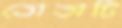
তোতাটি